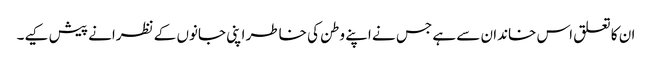
ان کا تعلق اس خاندان سے ہے جس نے اپنے وطن کی خاطر اپنی جانوں کے نظرانے پیش کیے۔